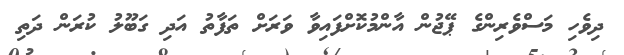
ދިވެހި މަސްވެރިންގެ ޕޭޖުން އާންމުކޮށްފައިވާ ވަރަށް ތަފާތު އަދި ގަބޫލު ކުރަން ދަތި